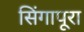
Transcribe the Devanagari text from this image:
सिंगापूरा